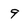
Character: 9